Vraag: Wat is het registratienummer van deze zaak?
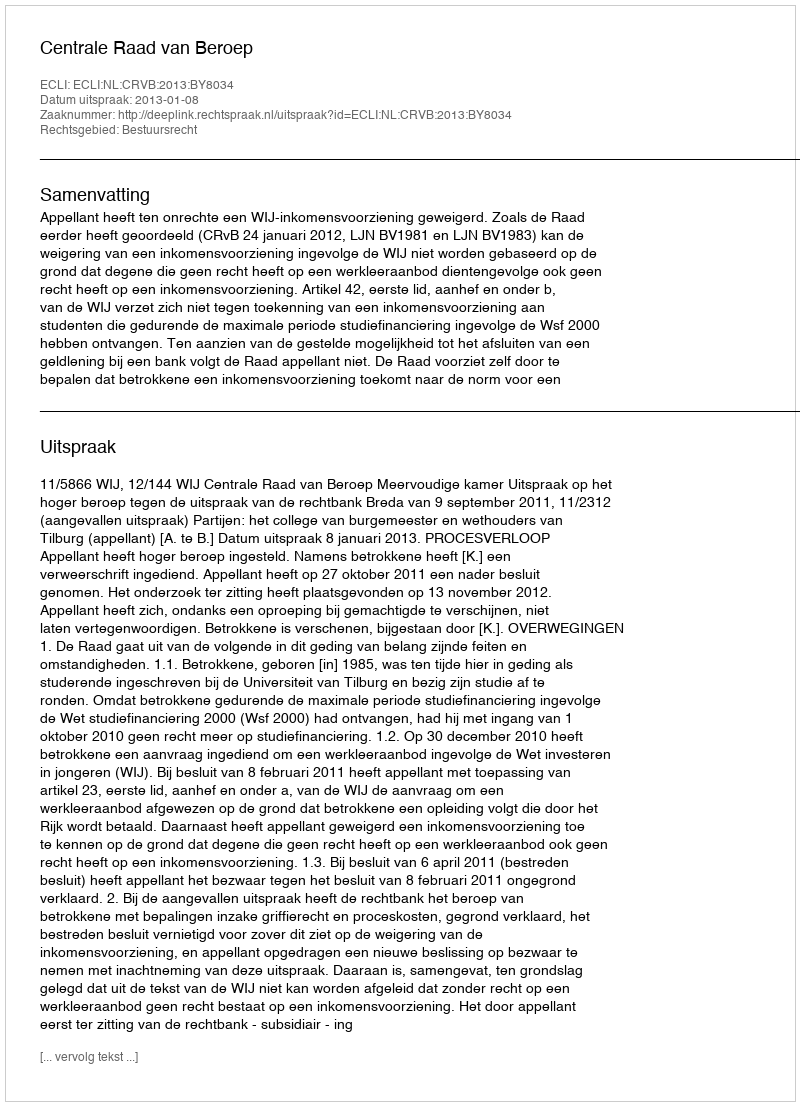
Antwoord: http://deeplink.rechtspraak.nl/uitspraak?id=ECLI:NL:CRVB:2013:BY8034